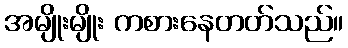
အမျိုးမျိုး ကစားနေတတ်သည်။